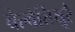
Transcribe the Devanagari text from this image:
वेल्वेत्तिथूरै